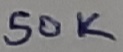
Text: 50K